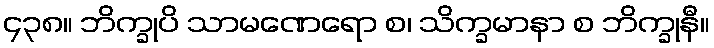
၄၃၈။ ဘိက္ခုပိ သာမဏေရော စ၊ သိက္ခမာနာ စ ဘိက္ခုနီ။